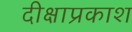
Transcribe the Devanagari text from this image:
दीक्षाप्रकाश